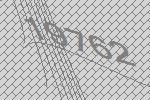
19762